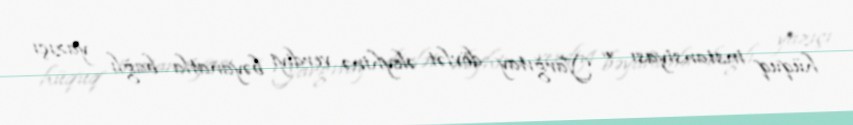
hüquq instansiyası ”“ Yarğıtay dövlət əleyhinə verdiyi bəyanatla bağlı yazıçı